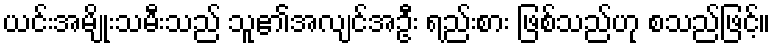
ယင်းအမျိုးသမီးသည် သူ၏အလျင်အဦး ရည်းစား ဖြစ်သည်ဟု စသည်ဖြင့်။